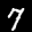
Label: 7